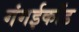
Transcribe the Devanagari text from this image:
गंगईकोंड